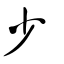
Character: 少